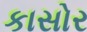
કાસોર